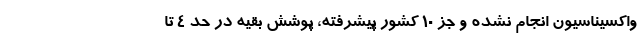
واکسیناسیون انجام نشده و جز 10 کشور پیشرفته، پوشش بقیه در حد 4 تا